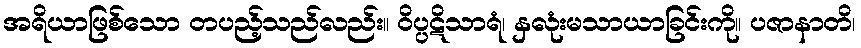
အရိယာဖြစ်သော တပည့်သည်လည်း။ ဝိပ္ပဋိသာရံ၊ နှလုံးမသာယာခြင်းကို။ ပဇာနာတိ၊